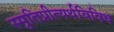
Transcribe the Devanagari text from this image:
स्मृतिप्रीत्यर्थविविध